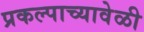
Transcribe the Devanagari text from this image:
प्रकल्पाच्यावेळी